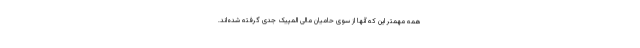
همه مهمتر این که آنها از سوی حامیان مالی المپیک جدی گرفته شده‌اند.